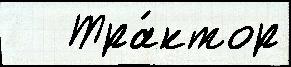
   Тра́ктор